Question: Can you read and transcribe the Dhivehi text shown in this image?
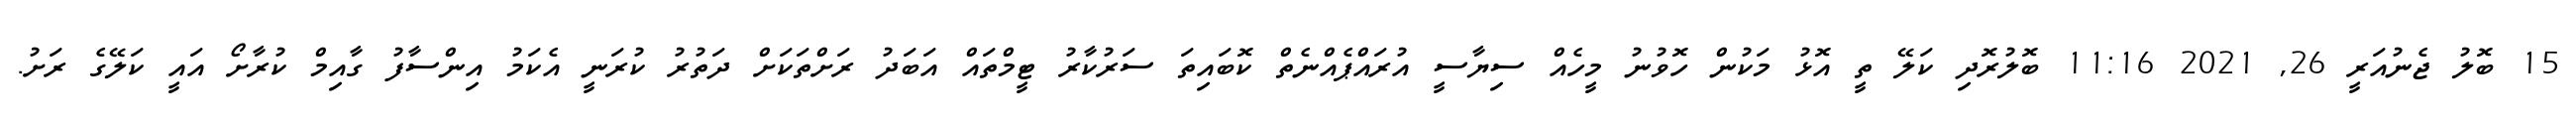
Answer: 15 ބޮލު ޖެނުއަރީ 26, 2021 11:16 ބޮލުރޮދި ކަލޭ ތީ އޮޅު މަކުން ހޮވުނު މީހެއް ސިޔާސީ އުރައްޕެއްނެތް ކޮބައިތަ ސަރުކާރު ޓީމްތައް އަބަދު ރަށްތަކަށް ދަތުރު ކުރަނީ އެކަމު އިންސާފު ގާއިމް ކުރާށޯ އައީ ކަލޭގެ ރަށު.